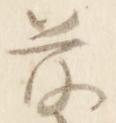
前